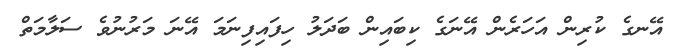
އޭނގެ ކުރިން އަހަރެން އޭނަގެ ކިބައިން ބަދަލު ހިފައިފިނަމަ އޭނަ މަރުނުވެ ސަލާމަތް